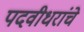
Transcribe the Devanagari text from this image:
पदवीधरांचे